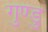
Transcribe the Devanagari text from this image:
गुण्डु